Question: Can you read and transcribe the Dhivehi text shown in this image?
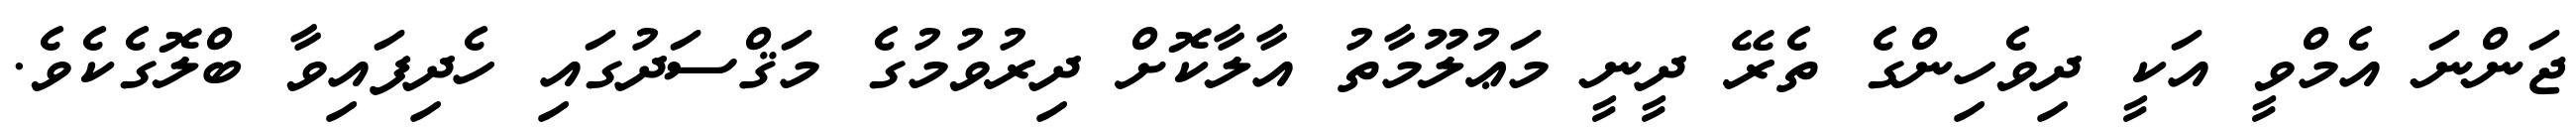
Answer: ޖަންނަ އެމްވީ އަކީ ދިވެހިންގެ ތެރޭ ދީނީ މަޢުލޫމާތު އާލާކޮށް ދިރުވުމުގެ މަޤްސަދުގައި ހެދިފައިވާ ބްލޮގެކެވެ.